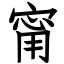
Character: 甯